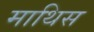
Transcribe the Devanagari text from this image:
माथिस